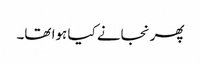
پھر نجانے کیا ہوا تھا۔